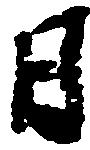
日